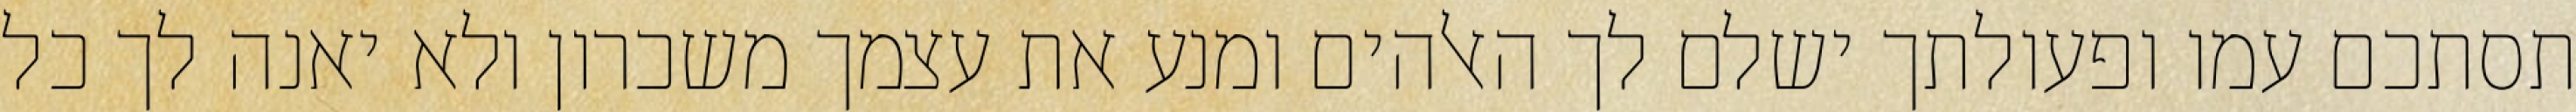
תסתכם עמו ופעולתך ישלם לך האלהים ומנע את עצמך משכרון ולא יאנה לך כל